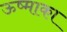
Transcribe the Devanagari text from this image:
ऊष्माका